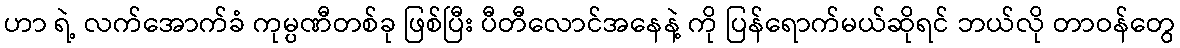
ဟာ ရဲ့ လက်အောက်ခံ ကုမ္ပဏီတစ်ခု ဖြစ်ပြီး ပီတီလောင်အနေနဲ့ ကို ပြန်ရောက်မယ်ဆိုရင် ဘယ်လို တာဝန်တွေ